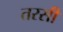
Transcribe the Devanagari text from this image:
तरसी